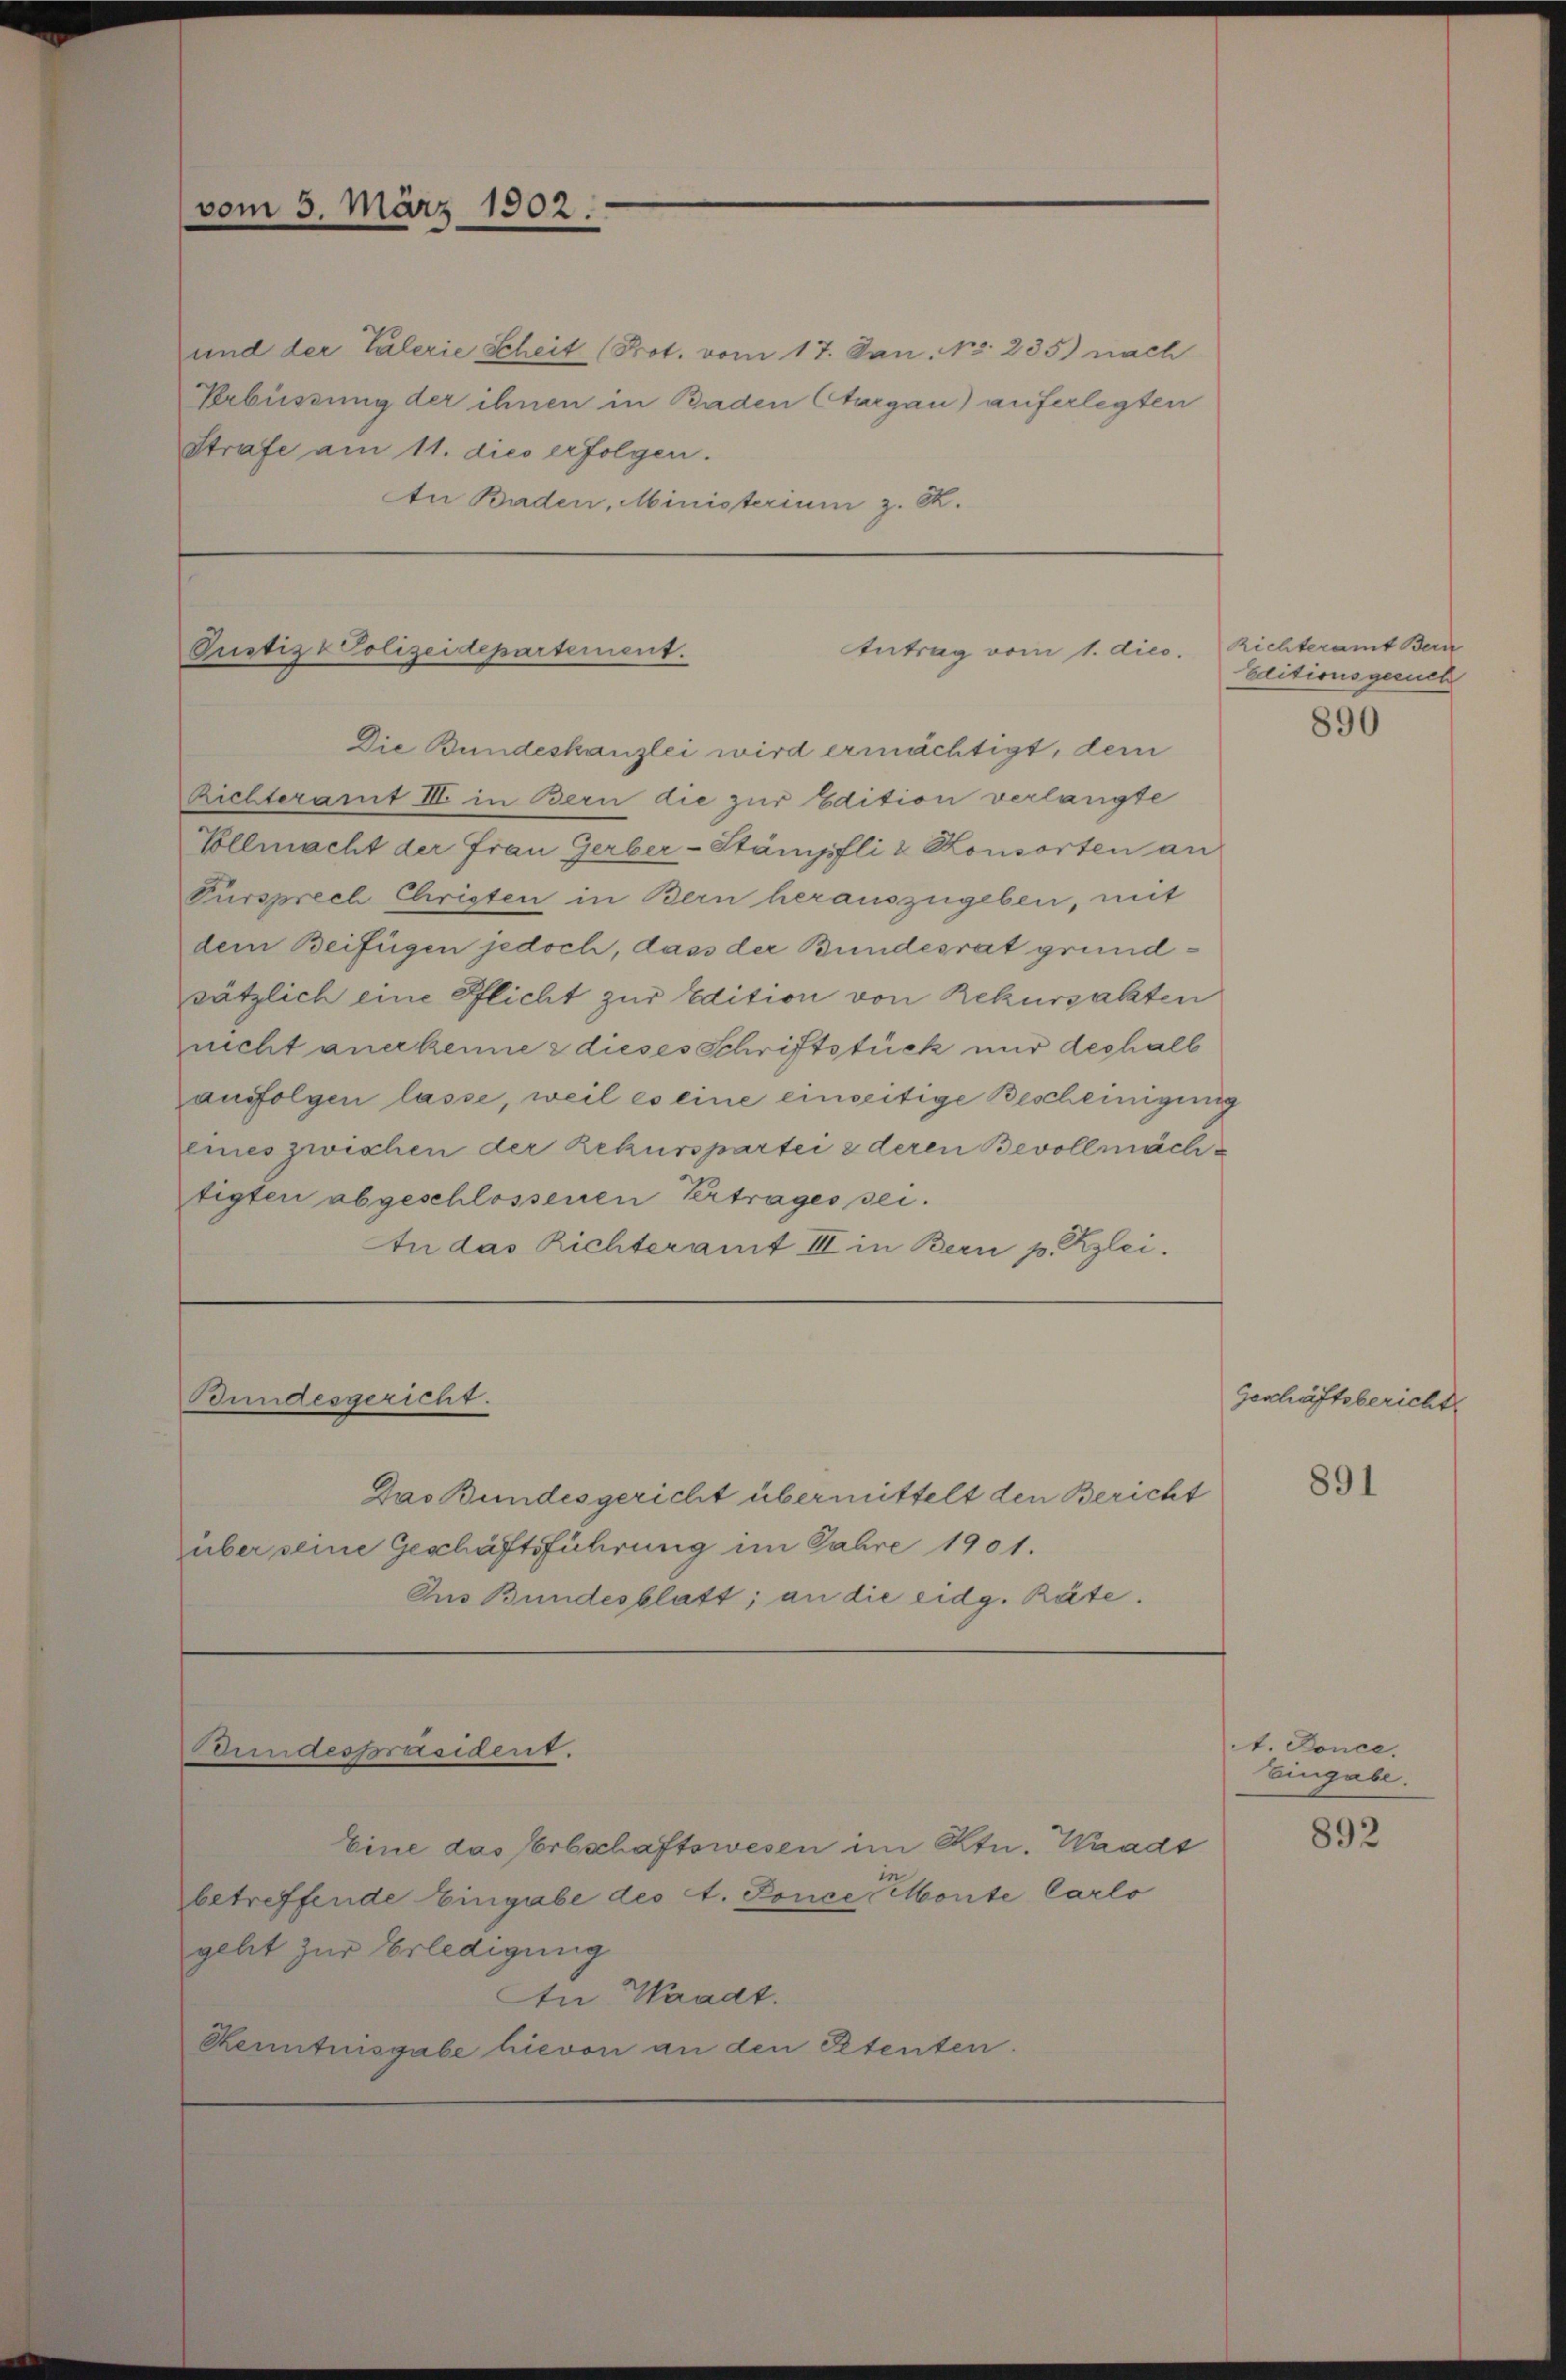
vom 3. März 1902.

und der Talerie Scheit (Prot. vom 17. Jan. No. 235) nach
Bebüssung der ihnen in Baden Aargau) auferlegten
Strafe am 11. dies erfolgen.
An Baden, Ministerium z. Z.

Die Bundeskanzlei wird ermächtigt, dem
Rielteramt III. in Bern die zur Edition verlangte
Vollmacht der Frau Gerber-Stämpfli & Konsorten an
Fürsprech Christen in Bern herauszugeben, mit
dem Beifügen jedoch, dass der Bundesrat grundsätzlich eine Pflicht zur Edition von Rekursalten
nicht anerkenne & dieses Schriftstück nur deshalb
ausfolgen lasse, weil es eine einseitige Bescheinigung
eines zwischen der Rekurspartei 2 deren Bevollmächtigten abgeschlossenen Vertrages sei.
An das Richteramt III in Bern p. Kzlei.

Justiz - Polizeidepartement.

Bundesgericht.

undespräsident.

Das Bundesgericht übermittelt den Bericht
über seine Geschäftsführung im Jahre 1901.
Aus Bundesblatt; an die eidg. Räte.

Antrag vom 1. dies. Richteramt Bern

Eine das Erbschaftswesen im Ktn. Waadt
betreffende Eingabe des A. Sonce conte Carlo
geht zur Erledigung
In Waadt.
Kenntnisgabe hievon an den Petenten.

Editionsgesuch

890

Geschäftsbericht

891

t. Ponce.
Eingabe.

892